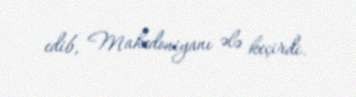
edib, Makedoniyanı ələ keçirdi.